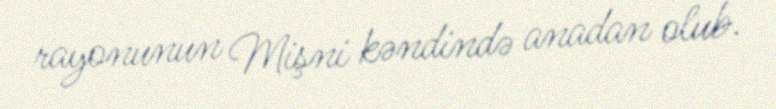
rayonunun Mişni kəndində anadan olub.